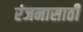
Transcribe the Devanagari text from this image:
रंजनासाठी